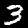
Label: 3